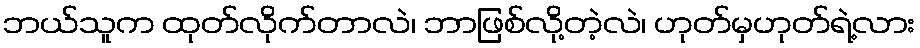
ဘယ်သူက ထုတ်လိုက်တာလဲ၊ ဘာဖြစ်လို့တဲ့လဲ၊ ဟုတ်မှဟုတ်ရဲ့လား